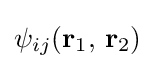
\psi _{ij}(\mathbf {r} _{1},\,\mathbf {r} _{2})